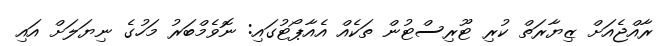
ރާއްޖެއަށް ޒިޔާރަތް ކުރި ޓޫރިސްޓުން ތަކެއް އެއާޕޯޓުގައި: ނޮވެމްބަރު މަހުގެ ނިޔަލަށް އައި